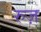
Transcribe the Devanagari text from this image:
रुज़